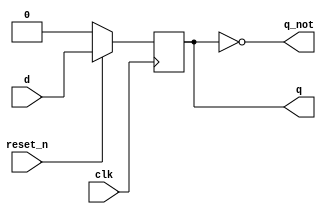

module d_ff_sync_rstn(
	input reset_n,
    input clk,
    input d,
	output reg q,
    output q_not
    );
	
	// The D-Flip Flop has a positive edge clock
	// reset_n is synchronous with the clk signal
	// Use non-blocking operator for sequential logic
	always @(posedge clk) begin
	    if (!reset_n)
		    q <= 1'b0;
	    else
		    q <= d;  
	end
	
	assign q_not = ~q;
	
endmodule


`timescale 1us/1ns
module tb_d_dff_rstn();
	
	// Testbench variables
    reg d;
	reg clk = 0;
	reg reset_n;
	wire q;
    wire q_not;
	reg [1:0] delay;
    integer i;
	
	// Instantiate the DUT
	d_ff_sync_rstn DFF0(
	    .reset_n(reset_n),
	    .clk    (clk    ),
        .d      (d      ),
	    .q      (q      ),
        .q_not  (q_not  )
	);
	
	// Create the clk signal
	always begin
	    #0.5 clk = ~clk;
	end
	
    // Create stimulus	  
    initial begin
        reset_n = 0; d = 0;
		for (i=0; i<5; i=i+1) begin
		   delay = $random+1;
		   #(delay) d = ~d;
		end
		
		reset_n = 1;
	    for (i=0; i<5; i=i+1) begin
		   delay = $random+1;
		   #(delay) d = ~d; // toggle the FF at random times
		end	
        #(0.2); reset_n = 0; // reset the FF again		
	end
	
    // This will stop the simulator when the time expires
    initial begin
        #40 $finish;
    end  
endmodule